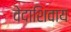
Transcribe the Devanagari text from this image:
वेदाशिवाय